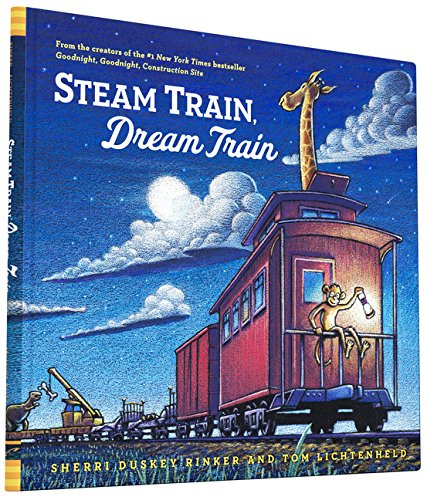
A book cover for Steam Train, Dream Train; Sherri Duskey Rinker; Children's Books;